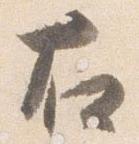
右